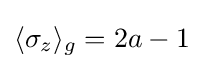
\langle \sigma _{z}\rangle _{g}=2a-1